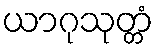
ယာဂုသုတ္တံ